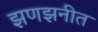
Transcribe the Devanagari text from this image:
झणझनीत